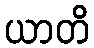
ယာတိ